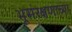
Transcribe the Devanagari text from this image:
भूसंरक्षणाच्या